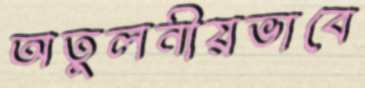
অতুলনীয়ভাবে